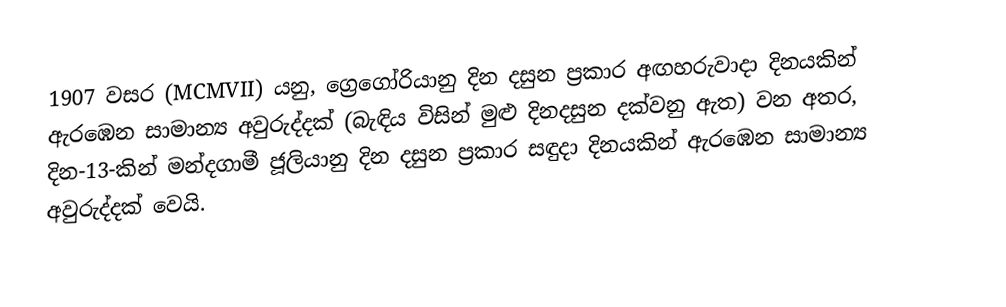

1907 වසර (MCMVII) යනු, ග්‍රෙගෝරියානු දින දසුන ප්‍රකාර අඟහරුවාදා දිනයකින් ඇරඹෙන සාමාන්‍ය අවුරුද්දක් (බැඳිය විසින් මුළු දිනදසුන දක්වනු ඇත)  වන අතර,  දින-13-කින් මන්දගාමී ජූලියානු දින දසුන ප්‍රකාර  සඳුදා දිනයකින් ඇරඹෙන සාමාන්‍ය අවුරුද්දක් වෙයි.